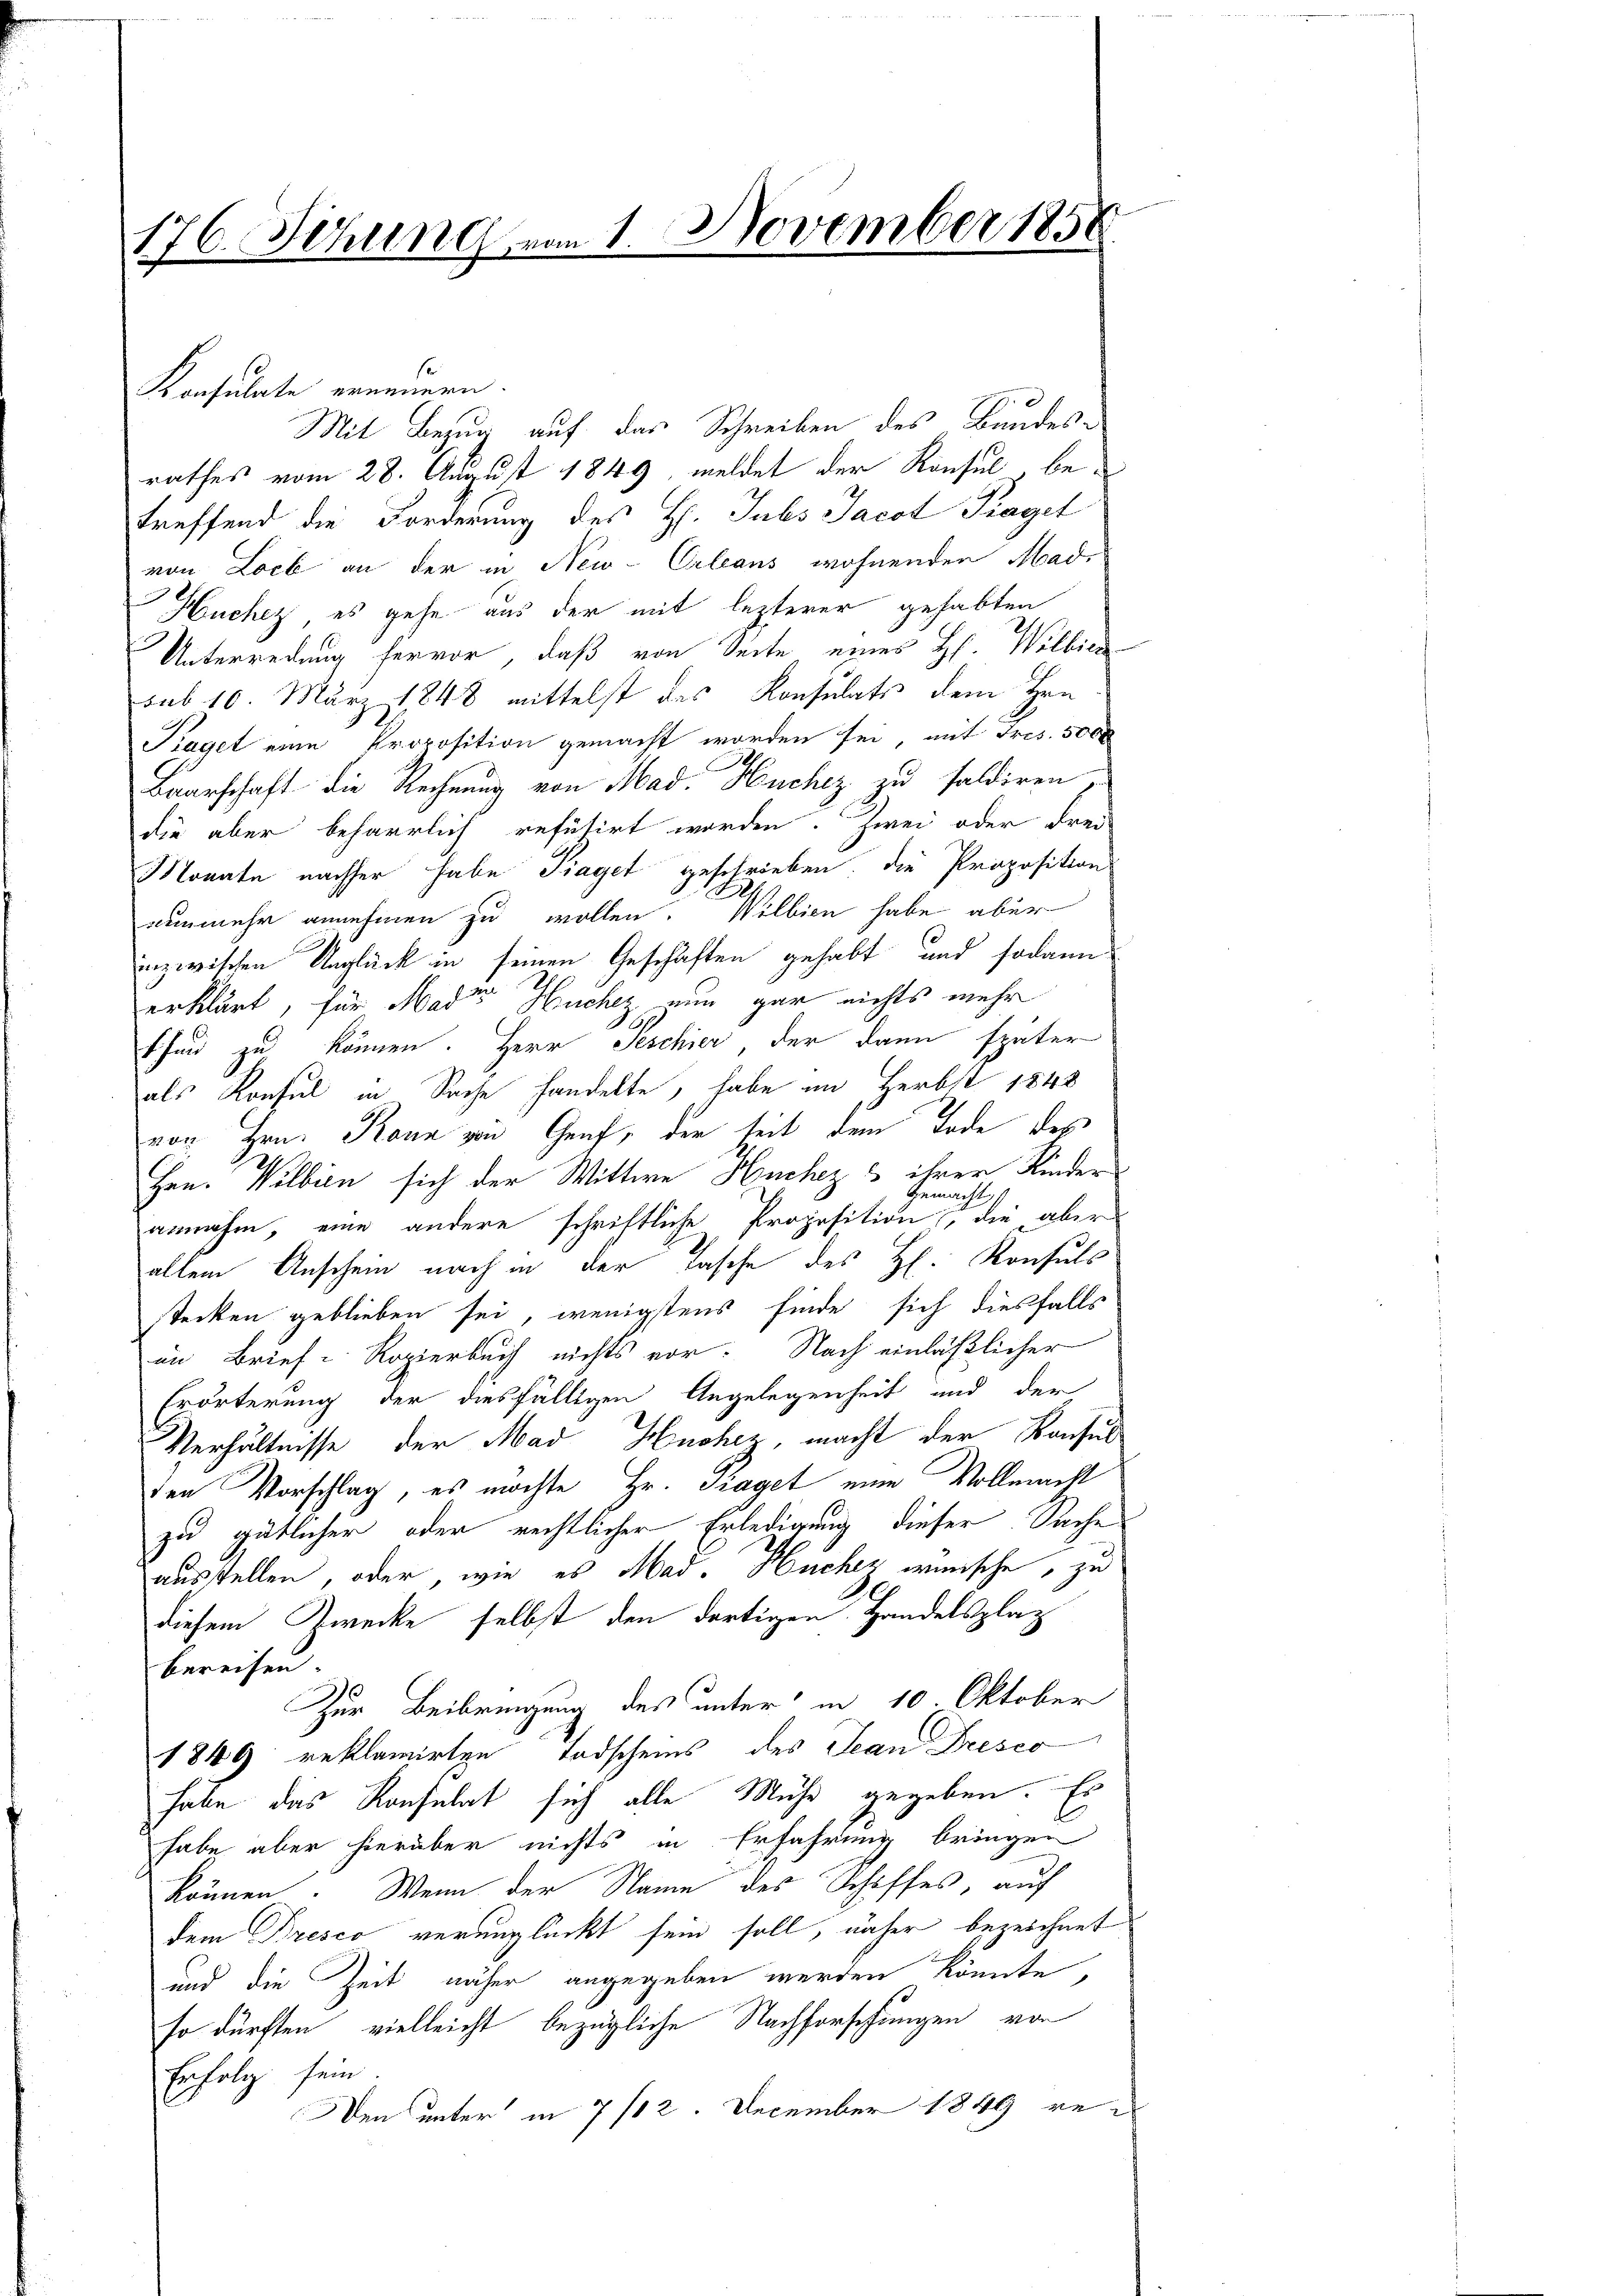
176. Sitzung vom 1. November 185

Konsulate erneuern.
Mit Bezug auf das Schreiben des Bundes-
rathes vom 28. August 1849, meldet der Konsul betreffend die Forderung des H. Tubs Jacot Traget
von Loch an der in New-Orleans wohnenden Mad.
Huchez es gehe aus der mit lezterer gehabten
Unterredung hervor, daß von Seite eines H. Wilbie
sub 10. März 1848 mittelst des Konsulats dem Hrn.
Piaget eine Proposition gemacht worden sei, mit Fres. 3000
Baarschaft die Rechnung von Mad. Huchez zu saldiren,
die aber beharrlich refusirt worden. Zwei oder drei
Monate nachher habe Piaget geschrieben; die Propositions
nunmehr annehmen zu wollen. Willien habe aber
inzwischen Unglück in seinen Geschäften gehabt und sodann
erklärt, für Mader Huchez nun gar nichts mehr
thin zu können. Herr Peschier, der dann später
als Konsul in Sache handelte, habe im Herbst 1848
von Hrn. Kann von Genf, der seit dem Tode des
Hrn. Welben sich der Wittwe Huchez & ihrer Kinder
Gemar
1
annahm, eine andere schriftliche Proposition, die aber
allem Anschein nach in der Tasche des Hl. Konsuls
stecken geblieben sei, wenigstens finde sich diesfalls
im Brief - Rozierbuch nichts vor. Nach einläßlicher
Erörterung der diesfälligen Angelegenheit und der
Verhältnisse der Mad Huchez, macht der Konsul
den Vorschlag, es möchte Hr. Traget eine Vollmacht
zu gütlicher oder rechtlicher Erledigung dieser Sache
ausstellen, oder, wie es Mad. Huchez wünsche, zu
diesem Zwecke selbst den dortigen Handelsplatz
bereisen
.
zur Beibringung des unter in 10. Oktober
1849 reklamirten Todscheins des Jean Presco
habe das Konsulat sich alle Mühe gegeben. Es
habe aber hierüber nichts in Erfahrung bringen
können. Wenn der Namm des Schiffes, auf
dem Bresco verunglückt sein soll, näher bezeichnet
und die Zeit näher angegeben werden könnte,
so dürften vielleicht bezügliche Nachforschungen von
Erfolg sein.
en unter in 7 /12. December 1849 re¬